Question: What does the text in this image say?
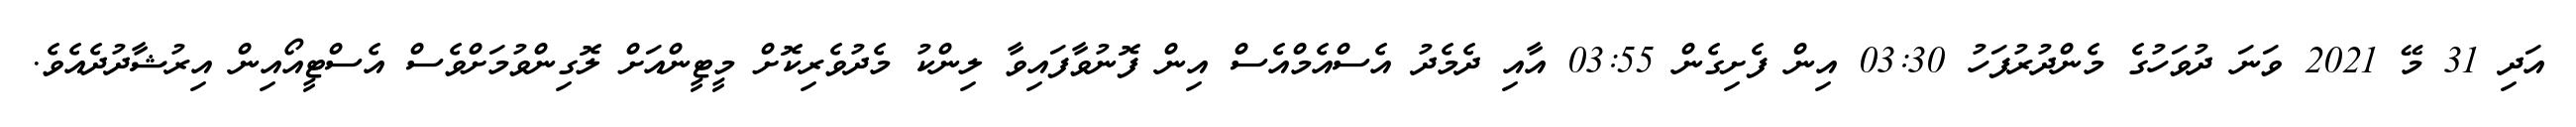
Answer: އަދި 31 މޭ 2021 ވަނަ ދުވަހުގެ މެންދުރުފަހު 03:30 އިން ފެށިގެން 03:55 އާއި ދެމެދު އެސްއެމްއެސް އިން ފޮނުވާފައިވާ ލިންކު މެދުވެރިކޮށް މީޓީންއަށް ލޮގިންވުމަށްވެސް އެސްޓީއޯއިން އިރުޝާދުދެއެވެ.